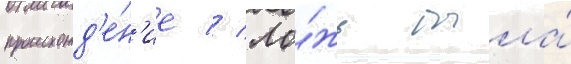
происхожд'е́н'ие // Ло́жь была́